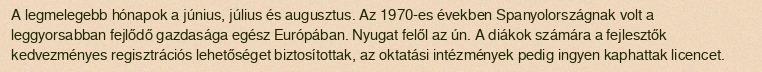
A legmelegebb hónapok a június, július és augusztus. Az 1970-es években Spanyolországnak volt a leggyorsabban fejlődő gazdasága egész Európában. Nyugat felől az ún. A diákok számára a fejlesztők kedvezményes regisztrációs lehetőséget biztosítottak, az oktatási intézmények pedig ingyen kaphattak licencet.